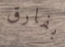
بفارق